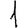
Digit: 1